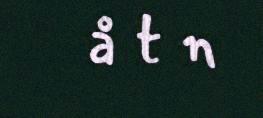
å t n